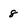
Character: 8